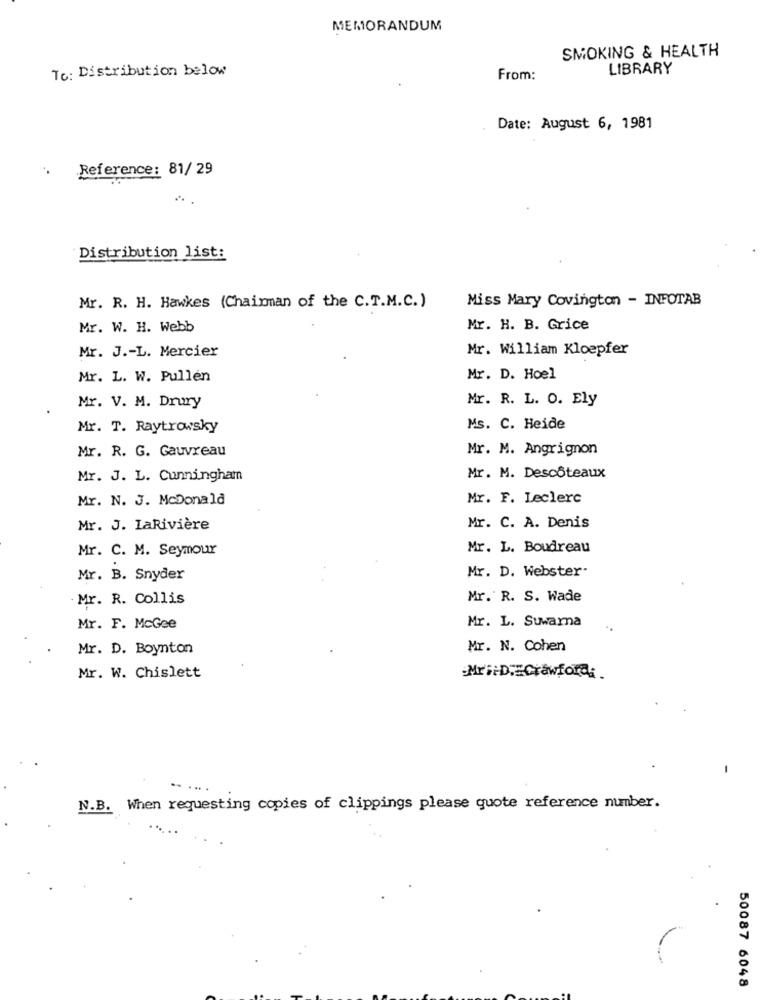
MEMORANDUM
SMOKING & HEALTH
To: Distribution below
LIBRARY
From:
Date: August 6, 1981
Reference: 81/29
Distribution list:
Miss Mary Covington - INFOTAB
Mr. R. H. Hawkes (Chairman of the C.T.M.C.)
Mr. W. H. Webb
Mr. H. B. Grice
Mr. William Kloepfer
Mr. J .- L. Mercier
Mr. L. W. Pullen
Mr. D. Hoel
Mr. R. L. O. Ely
Mr. V. M. Drury
Mr. T. Raytrowsky
Ms. C. Heide
Mr. R. G. Gauvreau
Mr. M. Angrignon
Mr. J. L. Cunningham
Mr. M. Descôteaux
Mr. N. J. McDonald
Mr. F. Leclerc
Mr. J. LaRivière
Mr. C. A. Denis
Mr. C. M. Seymour
Mr. L. Boudreau
Mr. D. Webster-
Mr. B. Snyder
Mr. R. Collis
Mr. R. S. Wade
Mr. L. Suwarna
Mr. F. McGee
Mr. D. Boynton
Mr. N. Cohen
Mr. W. Chislett
MrF.D.ECrawford:
N.B. When requesting copies of clippings please quote reference number.
50087 6048